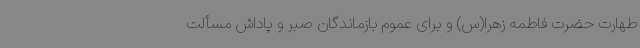
طهارت حضرت فاطمه زهرا(س) و برای عموم بازماندگان صبر و پاداش مسألت